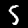
Label: 5